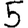
Digit: 5